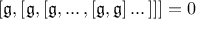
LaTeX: [ { \mathfrak { g } } , [ { \mathfrak { g } } , [ { \mathfrak { g } } , \dots , [ { \mathfrak { g } } , { \mathfrak { g } } ] \dots ] ] ] = 0